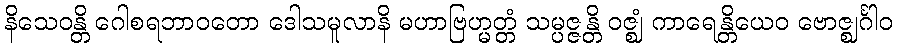
နိသေဝန္တိ ဂေါစရဘာဝတော ဒေါသမူလာနိ မဟာဗြဟ္မတ္တံ သမ္ပဇ္ဇန္တိ ဝဇ္ဈံ ကာရေန္တိယေဝ ဗောဇ္ဈင်္ဂါဝ